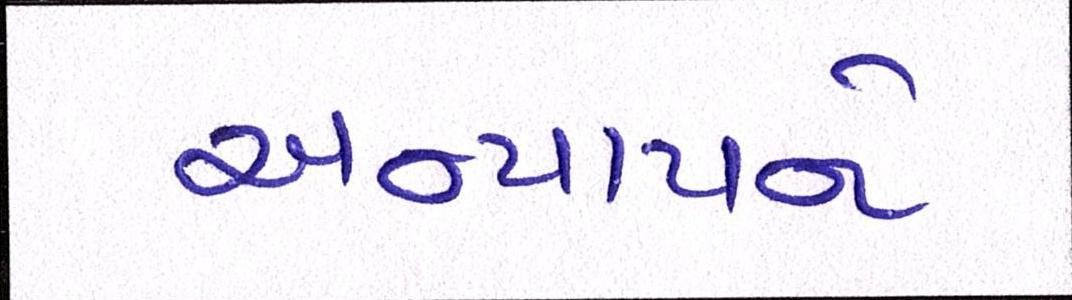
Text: અન્યાયને